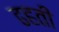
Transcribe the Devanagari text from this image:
ढहती